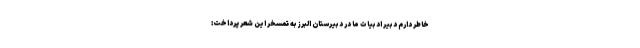
خاطر دارم دبیر ادبیات ما در دبیرستان البرز به تمسخر این شعر پرداخت: